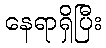
နေရာရှိပြီး